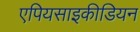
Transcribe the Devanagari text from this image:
एपियसाइकीडियन